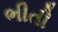
ભીતી